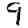
Digit: 9